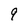
Character: 9